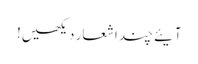
آیئے چند اشعار دیکھیں!